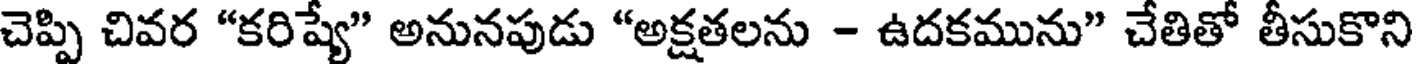
చెప్పి చివర "కరిష్యే" అనునపుడు "అక్షతలను - ఉదకమును" చేతితో తీసుకొని